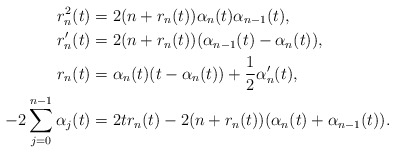
\begin{align*}r_n^2(t)&=2(n+r_n(t))\alpha_n(t)\alpha_{n-1}(t),\\r_n'(t)&=2(n+r_n(t))(\alpha_{n-1}(t)-\alpha_n(t)),\\r_n(t)&=\alpha_n(t)(t-\alpha_n(t))+\frac{1}{2}\alpha_n'(t),\\-2\sum\limits^{n-1}_{j=0}\alpha_j(t)&=2tr_n(t)-2(n+r_n(t))(\alpha_n(t)+\alpha_{n-1}(t)).\end{align*}